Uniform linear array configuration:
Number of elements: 24
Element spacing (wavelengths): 0.75
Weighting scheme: hann
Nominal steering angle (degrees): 60
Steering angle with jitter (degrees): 59.472
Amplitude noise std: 0.05
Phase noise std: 0.05

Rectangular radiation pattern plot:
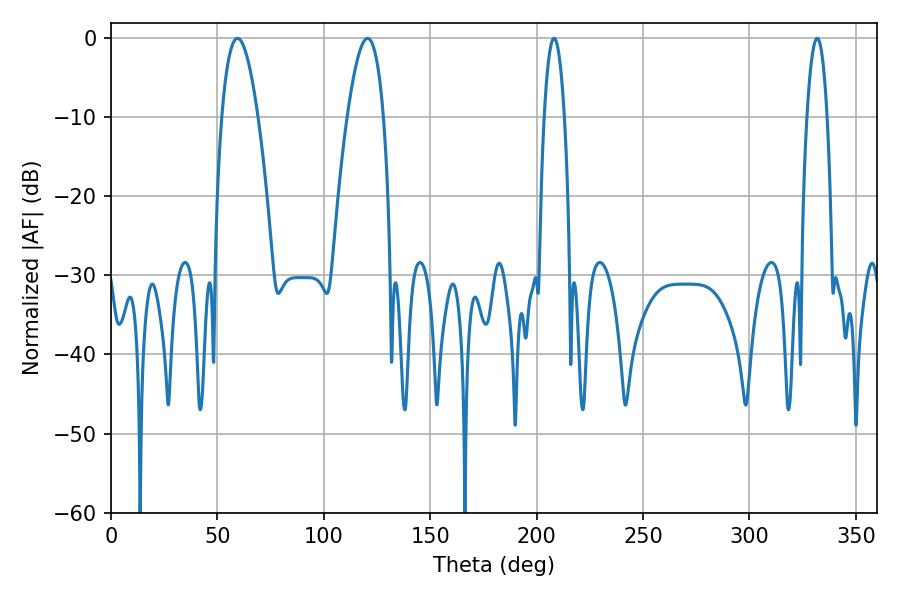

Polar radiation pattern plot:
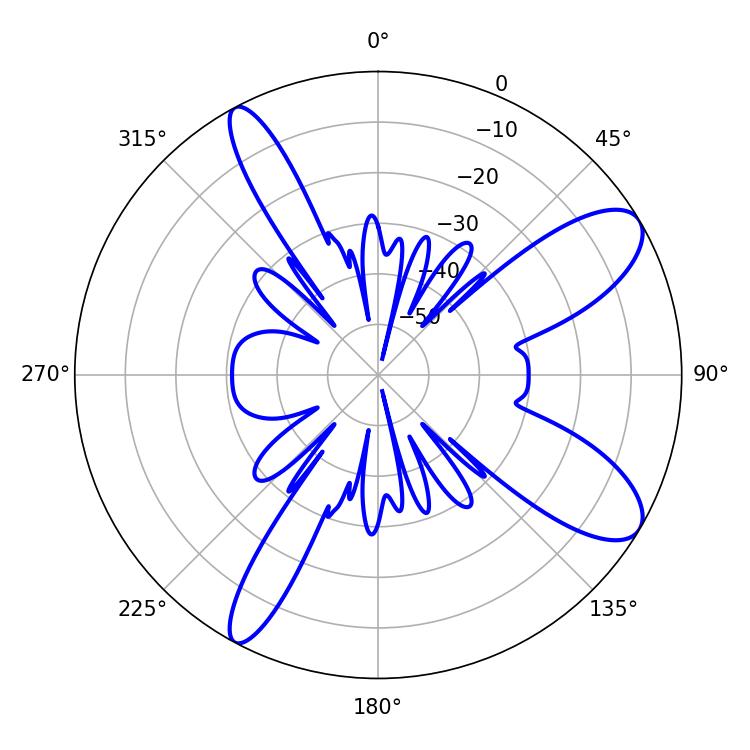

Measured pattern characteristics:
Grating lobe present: TRUE
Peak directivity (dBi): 9.797
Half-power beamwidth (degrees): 9.36
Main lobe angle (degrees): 59.4